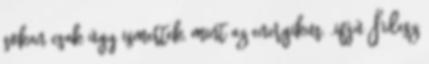
sokan csak úgy ismertek, mint az energikus, „ifjú Fidesz